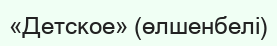
«Детское» (өлшенбелі)